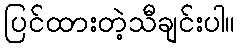
ပြင်ထားတဲ့သီချင်းပါ။